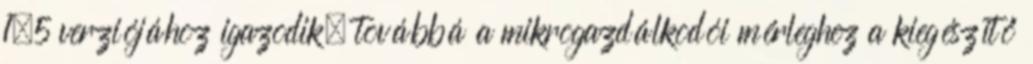
1.5 verziójához igazodik, továbbá a mikrogazdálkodói mérleghez a kiegészítő